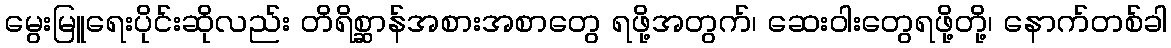
မွေးမြူရေးပိုင်းဆိုလည်း တိရိစ္ဆာန်အစားအစာတွေ ရဖို့အတွက်၊ ဆေးဝါးတွေရဖို့တို့၊ နောက်တစ်ခါ